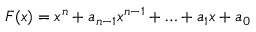
F ( x ) = x ^ { n } + a _ { n - 1 } x ^ { n - 1 } + \ldots + a _ { 1 } x + a _ { 0 }